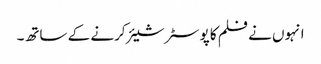
انہوں نے فلم کا پوسٹر شیئر کرنے کے ساتھ۔